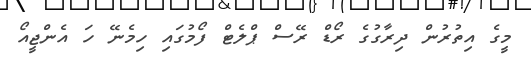
މީގެ އިތުރުން ދިރާގުގެ ރޯޑް ރޭސް ޕްލެޓް ފޯމުގައި ހިމެނޭ ހަ އެންޖީއޯ